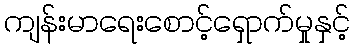
ကျန်းမာရေးစောင့်ရှောက်မှုနှင့်